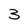
Character: 3